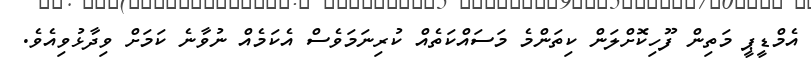
އެމްޑީޕީ މަތިން ފޫހިކޮށްލަން ކިތަންމެ މަސައްކަތެއް ކުރިނަމަވެސް އެކަމެއް ނުވާނެ ކަމަށް ވިދާޅުވިއެވެ.